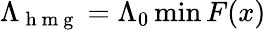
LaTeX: \Lambda_{\mathrm{~h~m~g~}}=\Lambda_{0}\operatorname*{min}F(x)